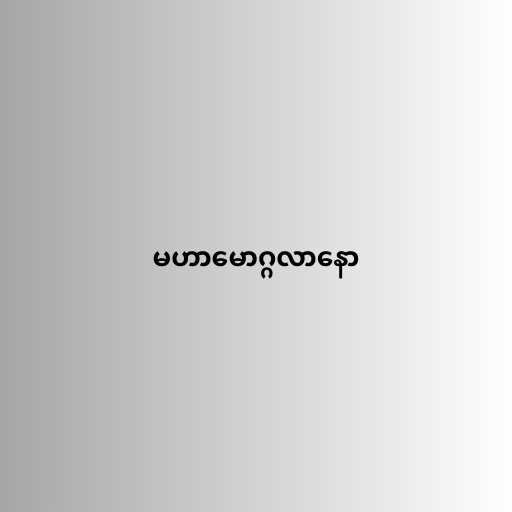
မဟာမောဂ္ဂလာနော